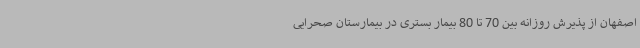
اصفهان از پذیرش روزانه بین 70 تا 80 بیمار بستری در بیمارستان صحرایی